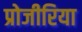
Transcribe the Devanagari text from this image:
प्रोजीरिया